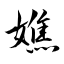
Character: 嫶